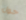
حول